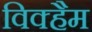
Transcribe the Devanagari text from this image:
विक्हैम